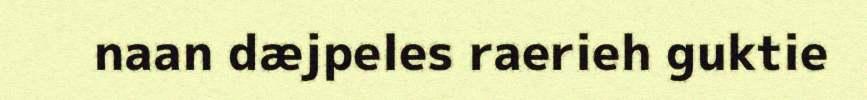
naan dæjpeles raerieh guktie